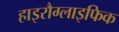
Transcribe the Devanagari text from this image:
हाइरौग्लाइफिक